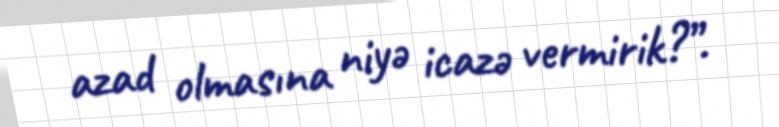
azad olmasına niyə icazə vermirik?”.